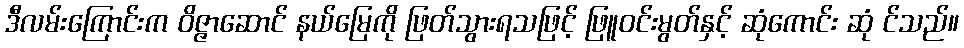
ဒီလမ်းကြောင်းက ဝိဇ္ဇာဆောင် နယ်မြေကို ဖြတ်သွားရသဖြင့် ဖြူဝင်းမွတ်နှင့် ဆုံကောင်း ဆုံ င်သည်။